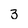
Character: 3